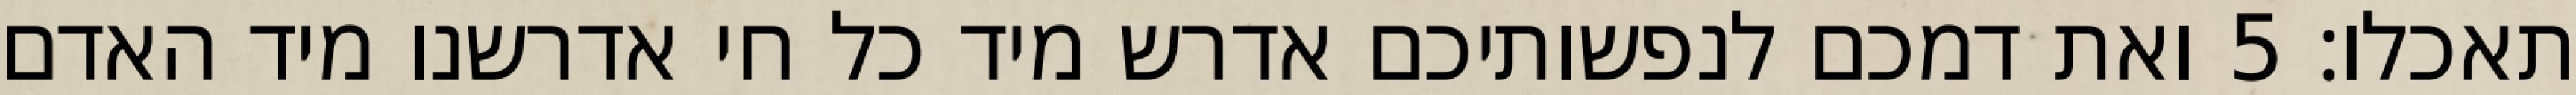
תאכלו׃ ‎5‏ ואת דמכם לנפשותיכם אדרש מיד כל חי אדרשנו מיד האדם